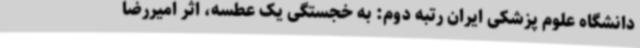
دانشگاه علوم پزشکی ایران رتبه دوم: به خجستگی یک عطسه، اثر امیررضا